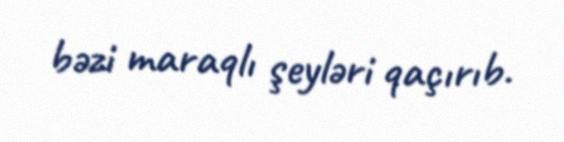
bəzi maraqlı şeyləri qaçırıb.